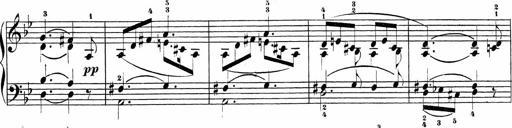
Title: Sonatinas
Composer: Andrew Violette